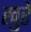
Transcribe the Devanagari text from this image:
खुरे